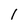
Character: 1